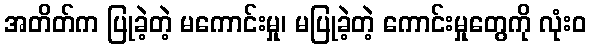
အတိတ်က ပြုခဲ့တဲ့ မကောင်းမှု၊ မပြုခဲ့တဲ့ ကောင်းမှုတွေကို လုံးဝ